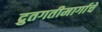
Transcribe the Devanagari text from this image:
द्रुतगतीमार्गाचे